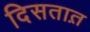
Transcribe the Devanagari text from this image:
दिसतात़